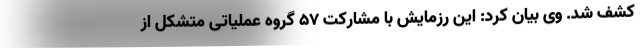
کشف شد. وی بیان کرد: این رزمایش با مشارکت ۵۷ گروه عملیاتی متشکل از